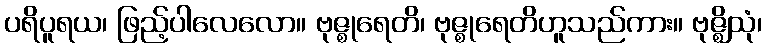
ပရိပူရယ၊ ဖြည့်ပါလေလော။ ဗုဇ္စုရေတိ၊ ဗုဇ္စုရေတိဟူသည်ကား။ ဗုဇ္ဈိသုံ၊